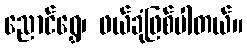
ညောင်ရွှေ၊ ဖယ်ခုံဖြစ်ပါတယ်။